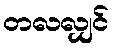
တလလျှင်